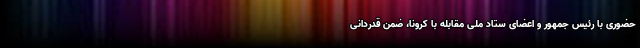
حضوری با رئیس جمهور و اعضای ستاد ملی مقابله با کرونا، ضمن قدردانی